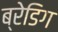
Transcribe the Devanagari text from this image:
ब्रेडिग